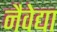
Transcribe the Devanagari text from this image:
नैवेद्या